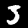
Label: 3